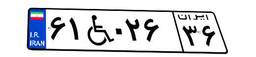
۶۱W۰۲۶۳۶